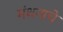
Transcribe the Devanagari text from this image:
मंथनाचे